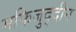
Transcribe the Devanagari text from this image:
मफिजुद्दीन